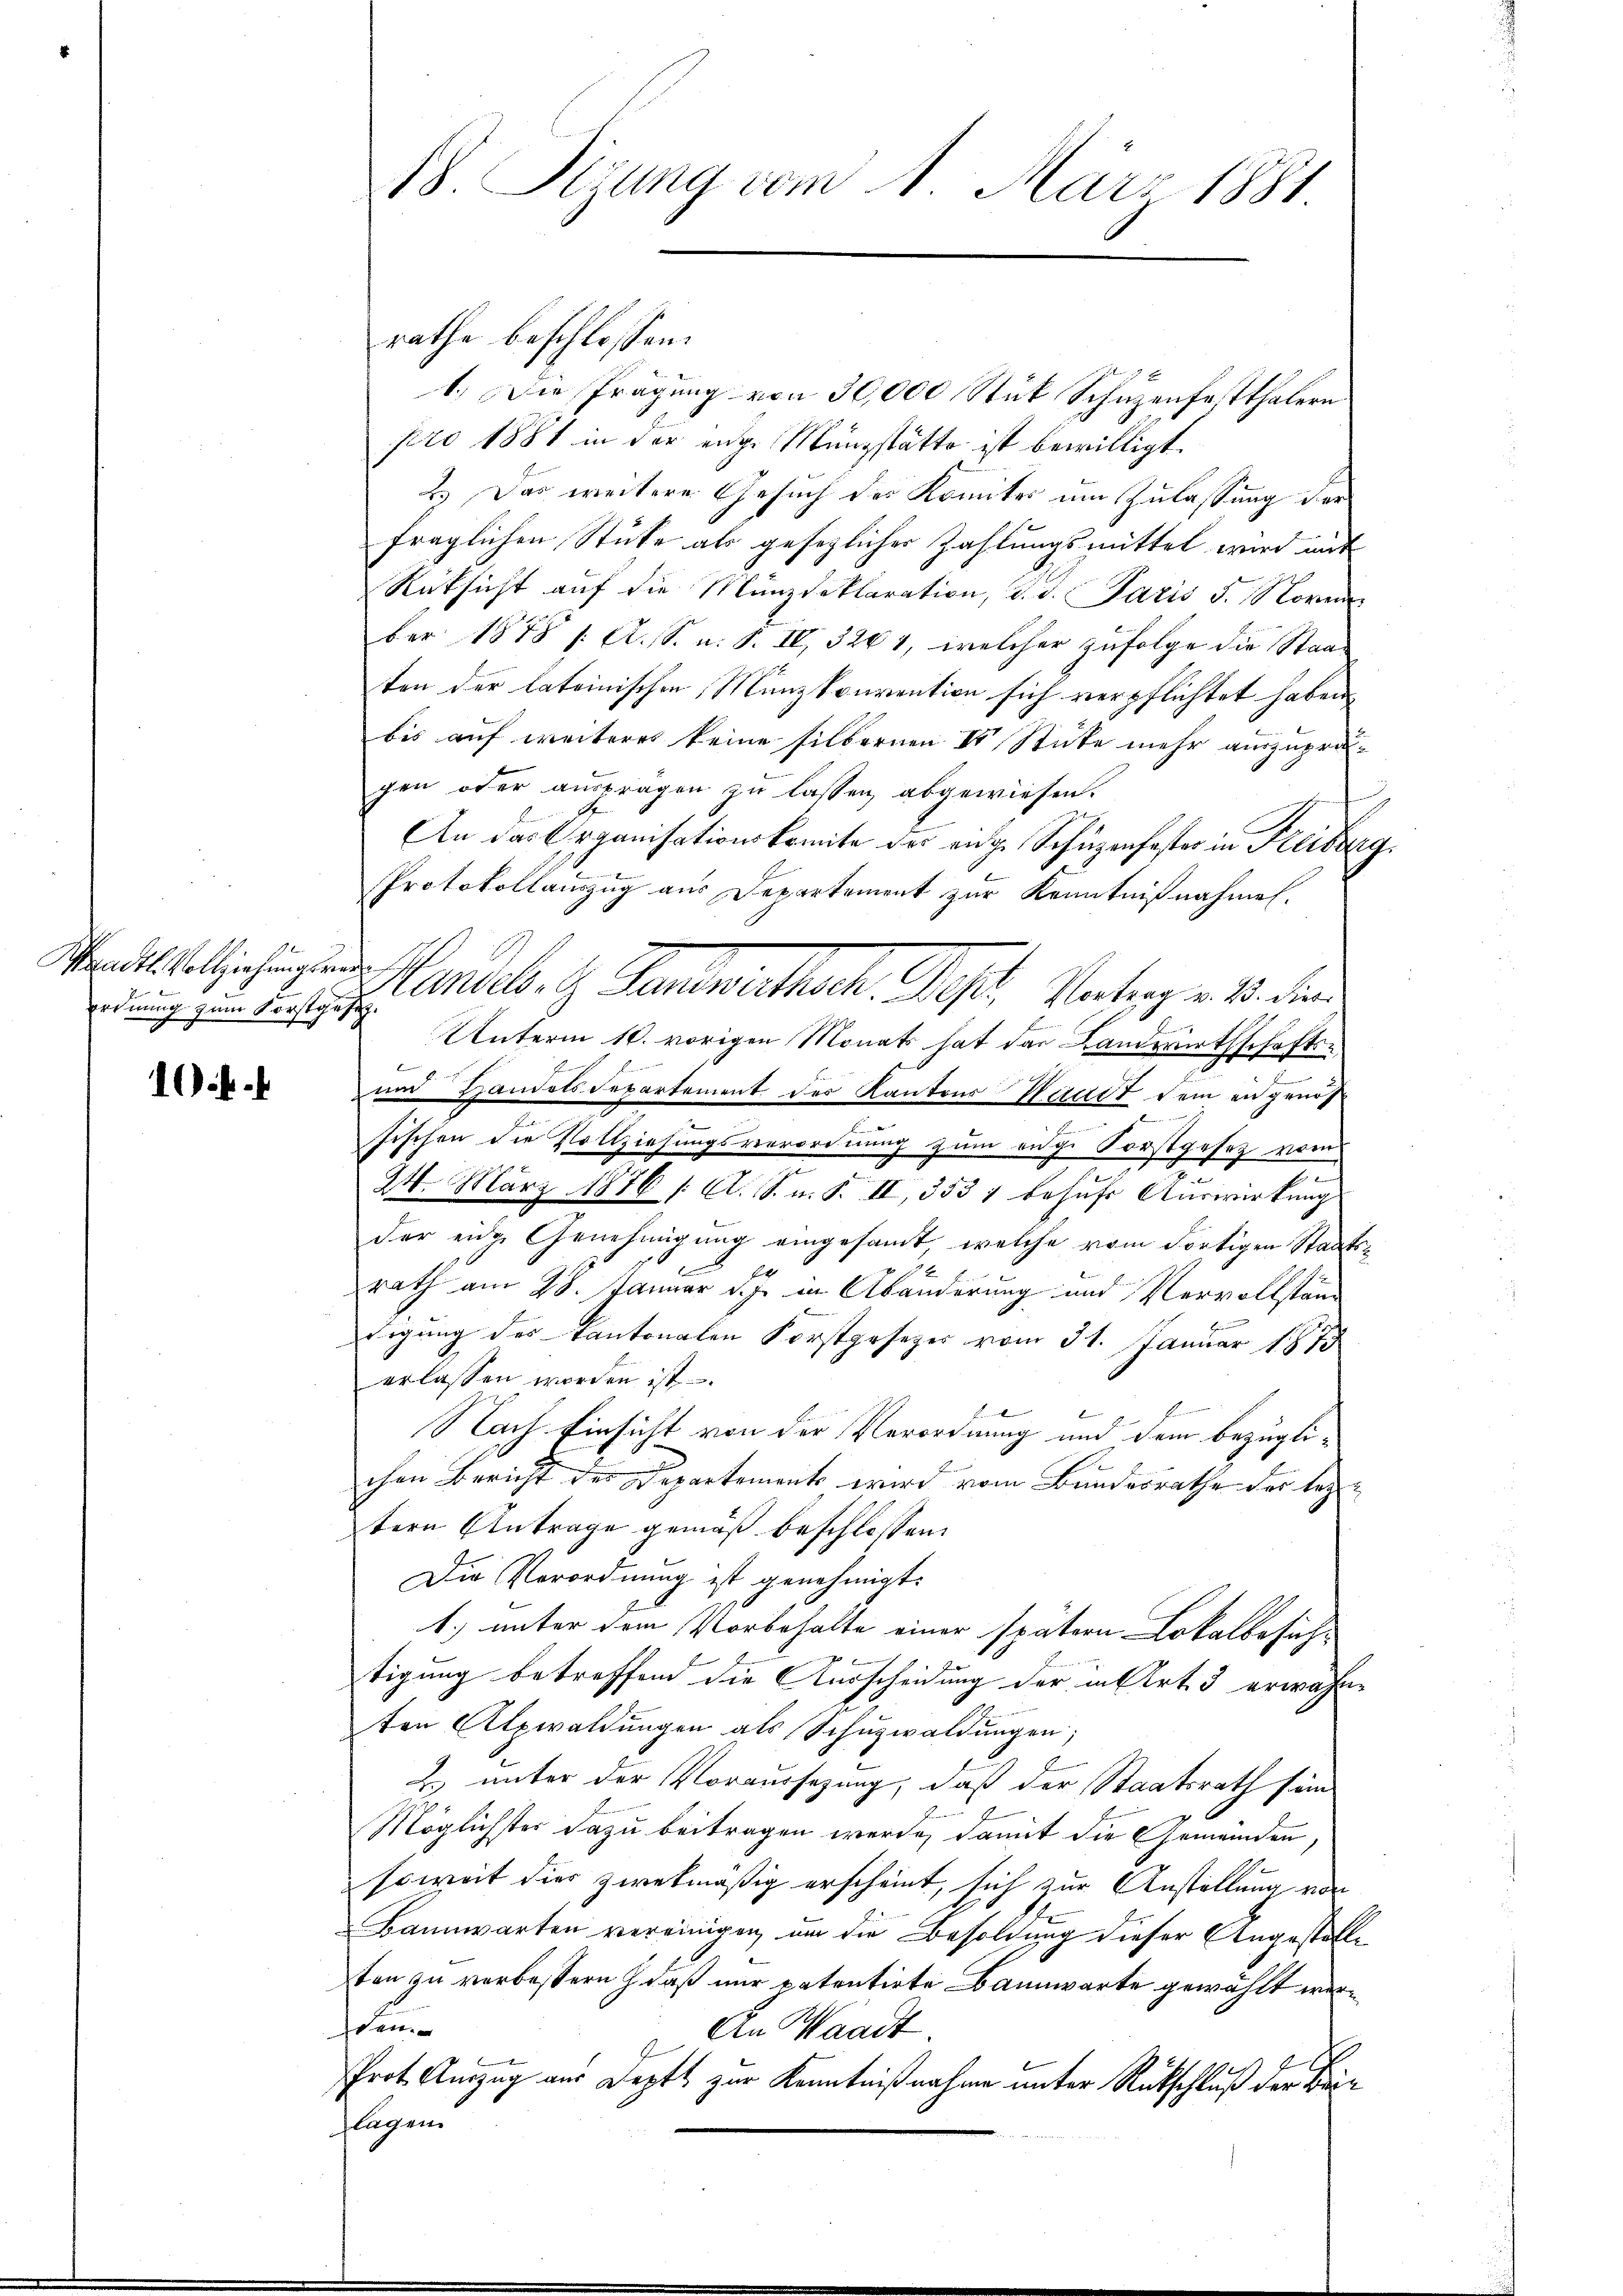
e
Wandtl. Vollziehungsrede
ordnung zum Forstgesez¬

10.4.

rathe beschlossen:
1. Die Prägung von 30,000 Stük Schuzenfestthalern
pro 1881 in der enge Müngstätte ist bewilligt.
2.) Das weitere Gesuch des Komiter um Zulassung der
fraglichen Stücke als gesezlicher Zahlungsmittel wird mit
Rücksicht auf die Münzdeklaration, d. d. Paris 5. Norm
ber 1878 / A. S. u. S. IV 3264, welcher zufolge die Staaten der lateinischen Münzkonvention sich verpflichtet haben,
bis auf weiteres keine silbernen IV Stücke mehr auszuprägen oder ausfragen zu lassen, abgewiesen.
.
An das Organisationskomite der enge Schüzenfester in Freiberg
Protokollauszug aus Departement zur Kenntnißnahmen.
eandelt. G. Sanenastark. St. Unterm 18. den
Unterm 10. vorigen Monats hat das Landwirthschafts¬
E
und Handelsdepartement des Kantons Waadt dem engenos
.
.
fischen die Vollziehungsverordnung zum eige Forstgesetz vor
24. März 1876 (A. S. m. S. II, 3531 behufs Auswirkung
der eidge Genehmigung eingesamt, welche vom dortigen Staatse
rath am 28. Januar d. J. in Abänderung und Vervollständ
digung des Kantonalen Forstgesetzer vom 31. Januar 1873
erlassen worden ist
Nach Einsicht von der Verordnung und dem bezüglichen Bericht der Departement wird vom Bundesrathe der leztern Antrage gemäß beschlossen:
Die Verordnung ist genehmigt.
1) unter dem Vorbehalte einer spätern Lokalbesich¬
J
tigung betreffend die Ausscheidung der in Art. 3 erwähne
ten Alpwaldungen als Schuzwaldungen;
2. unter der Voraussezung, daß der Staatsrath sein
Möglichster dazu beitragen werde, damit die Gemeinden
soweit dies zwekmäßig erscheint, sich zur Anstellung vo
Bannwarten vereinigen, um die Besoldung dieser Angestellten zu verbessern, daß nur patentirte Bannwarte gewählt werschen
An Waadt.
E
Prot. Anzug aus Deptt zur Kenntnißnahme unter Rutschluß der Breiflagen.

18. Sizung vom 1. März 1881.